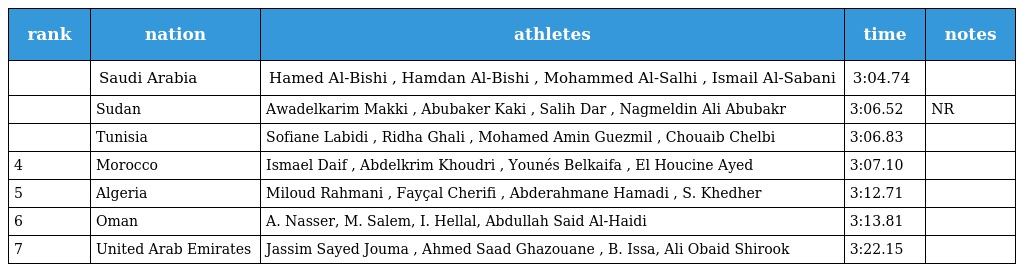
| rank | nation | athletes | time | notes |
 | --- | --- | --- | --- | --- |
 |  | Saudi Arabia | Hamed Al-Bishi , Hamdan Al-Bishi , Mohammed Al-Salhi , Ismail Al-Sabani | 3:04.74 |  |
 |  | Sudan | Awadelkarim Makki , Abubaker Kaki , Salih Dar , Nagmeldin Ali Abubakr | 3:06.52 | NR |
 |  | Tunisia | Sofiane Labidi , Ridha Ghali , Mohamed Amin Guezmil , Chouaib Chelbi | 3:06.83 |  |
 | 4 | Morocco | Ismael Daif , Abdelkrim Khoudri , Younés Belkaifa , El Houcine Ayed | 3:07.10 |  |
 | 5 | Algeria | Miloud Rahmani , Fayçal Cherifi , Abderahmane Hamadi , S. Khedher | 3:12.71 |  |
 | 6 | Oman | A. Nasser, M. Salem, I. Hellal, Abdullah Said Al-Haidi | 3:13.81 |  |
 | 7 | United Arab Emirates | Jassim Sayed Jouma , Ahmed Saad Ghazouane , B. Issa, Ali Obaid Shirook | 3:22.15 |  |